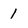
Character: 1